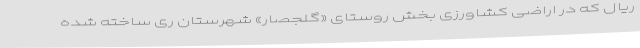
ریال که در اراضی کشاورزی بخش روستای «گلجصار» شهرستان ری ساخته شده